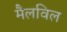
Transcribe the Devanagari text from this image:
मैलविल